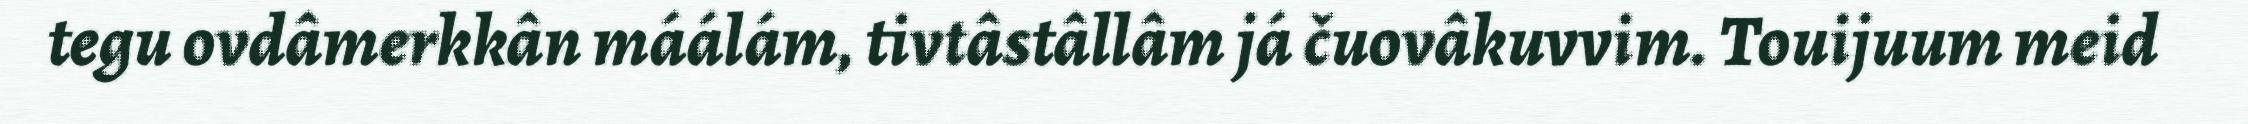
tegu ovdâmerkkân máálám, tivtâstâllâm já čuovâkuvvim. Touijuum meid